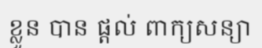
ខ្លួន បាន ផ្តល់ ពាក្យសន្យា